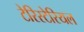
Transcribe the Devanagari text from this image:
टेरिस्टेरियल